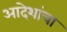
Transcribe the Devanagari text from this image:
आदेशांचा